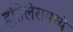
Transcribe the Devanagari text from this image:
होतेलेरामध्ये